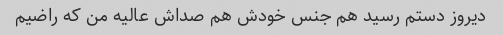
دیروز دستم رسید هم جنس خودش هم صداش عالیه من که راضیم